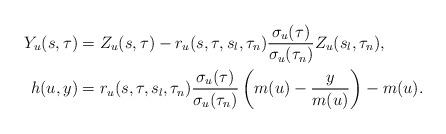
LaTeX: \begin{align*}Y_u(s,\tau)&=Z_u(s,\tau)-r_u(s,\tau,s_l,\tau_n)\frac{\sigma_u(\tau)}{\sigma_u(\tau_n)}Z_u(s_l,\tau_n),\\h(u,y)&=r_u(s,\tau,s_l,\tau_n)\frac{\sigma_u(\tau)}{\sigma_u(\tau_n)}\left(m(u)-\frac{y}{m(u)}\right)-m(u).\end{align*}